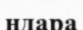
ндара